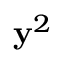
\mathbf { y } ^ { 2 }